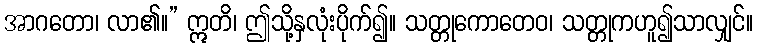
အာဂတော၊ လာ၏။” ဣတိ၊ ဤသို့နှလုံးပိုက်၍။ သတ္တုကောတေဝ၊ သတ္တုကဟူ၍သာလျှင်။